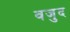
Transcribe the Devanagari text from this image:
वजुद